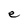
Character: e